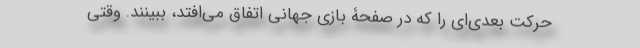
حرکت بعدی‌ای را که در صفحۀ بازی جهانی اتفاق می‌افتد، ببینند. وقتی